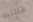
قتلتيه